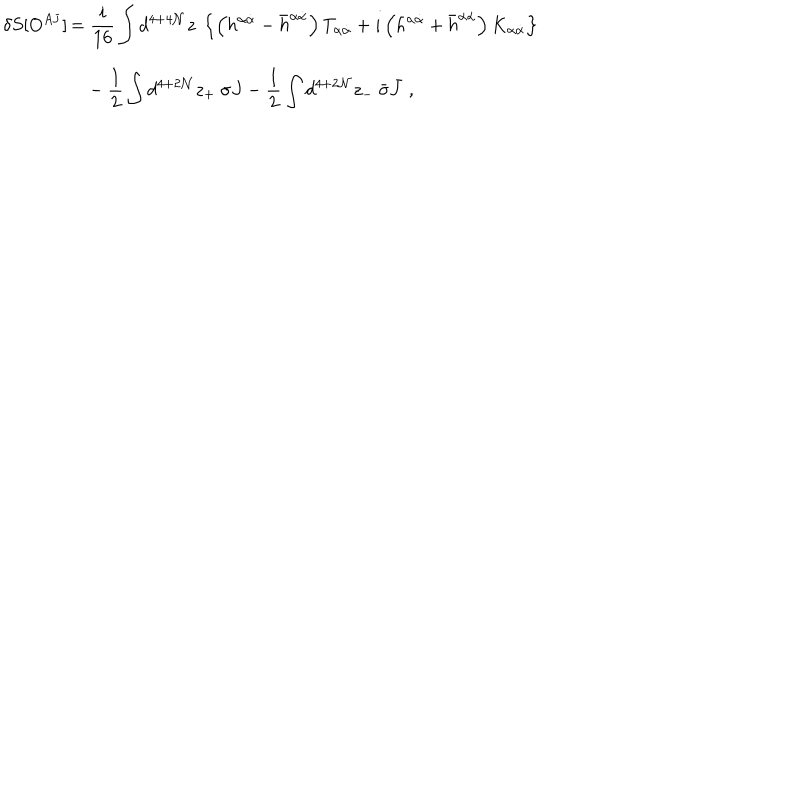
\delta S [ O ^ { A { \mathbf J } } ] \begin{array} { } { { t ] { l } \displaystyle = \frac { i } { 1 6 } \int d ^ { 4 + 4 { \mathcal N } } z \ \left\{ \left( h ^ { \alpha { \dot { \alpha } } } - { \bar { h } } ^ { \alpha { \dot { \alpha } } } \right) T _ { \alpha { \dot { \alpha } } } + i \left( h ^ { \alpha { \dot { \alpha } } } + { \bar { h } } ^ { \alpha { \dot { \alpha } } } \right) K _ { \alpha { \dot { \alpha } } } \right\} } } \\ { { \displaystyle \phantom { = } - \frac { 1 } { 2 } \int d ^ { 4 + 2 { \mathcal N } } z _ { + } \ \sigma J - \frac { 1 } { 2 } \int d ^ { 4 + 2 { \mathcal N } } z _ { - } \ { \bar { \sigma } } { \bar { J } } \ , } } \\ \end{array}